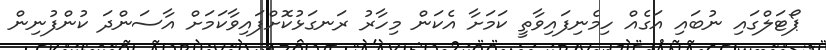
ޕޯޓަލްގައި ނުބައި އަގެއް ހިމެނިފައިވާތީ ކަމަށާ އެކަން މިހާރު ރަނގަޅުކޮށްފައިވާކަމަށް އާސަންދަ ކުންފުނިން